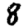
Digit: 8